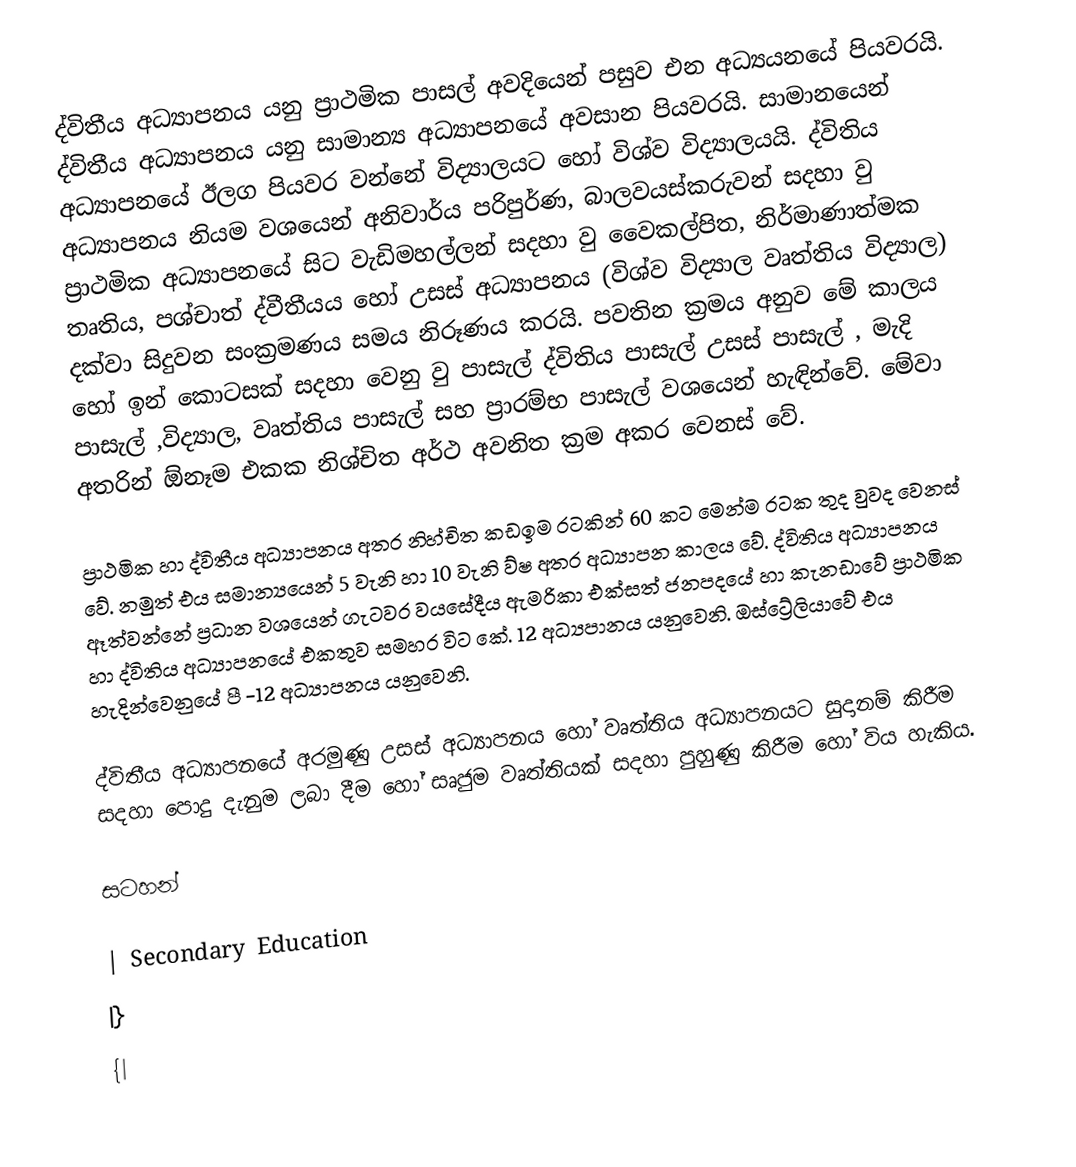
ද්විතීය අධ්‍යාපනය යනු ප්‍රාථමික පාසල් අවදියෙන් පසුව එන අධ්‍යයනයේ පියවරයි. ද්විතීය අධ්‍යාපනය යනු සාමාන්‍ය අධ්‍යාපනයේ අවසාන පියවරයි. සාමානයෙන් අධ්‍යාපනයේ ඊලග පියවර වන්නේ විද්‍යාලයට හෝ විශ්ව විද්‍යාලයයි. ද්විතිය අධ්‍යාපනය නියම වශයෙන් අනිවාර්ය පරිපුර්ණ, බාලවයස්කරුවන් සදහා වු ප්‍රාථමික අධ්‍යාපනයේ සිට වැඩිමහල්ලන් සදහා වු වෛකල්පිත, නිර්මාණාත්මක තෘතිය, පශ්චාත් ද්වීතීයය හෝ උසස් අධ්‍යාපනය (විශ්ව විද්‍යාල වෘත්තිය විද්‍යාල) දක්වා සිදුවන සංක්‍රමණය සමය නිරූණය කරයි. පවතින ක්‍රමය අනුව මේ කාලය හෝ ඉන් කොටසක් සදහා වෙනු වු පාසැල් ද්විතිය පාසැල් උසස් පාසැල් , මැදි පාසැල් ,විද්‍යාල, වෘත්තිය පාසැල් සහ ප්‍රාරම්භ පාසැල් වශයෙන් හැඳින්වේ. මේවා අතරින් ඕනෑම එකක නිශ්චිත අර්ථ අවනිත ක්‍රම අකර වෙනස් වේ.

ප්‍රාථමික හා ද්විතීය අධ්‍යාපනය අතර නිහ්චිත කඩඉම රටකින් 60 කට මෙන්ම රටක තුද වුවද වෙනස් වේ. නමුත් එය සමාන්‍යයෙන් 5 වැනි හා 10 වැනි ව්ෂ අතර අධ්‍යාපන කාලය වේ. ද්විතිය අධ්‍යාපනය ඈත්වන්නේ ප්‍රධාන වශයෙන් ගැටවර වයසේදීය ඇමරිකා එක්සත් ජනපදයේ හා කැනඩාවේ ප්‍රාථමික හා ද්විතිය අධ්‍යාපනයේ එකතුව සමහර විට කේ. 12 අධ්‍යපානය යනුවෙනි. ඔස්ට්‍රේලියාවේ එය හැදින්වෙනුයේ පී -12 අධ්‍යාපනය යනුවෙනි.

ද්විතීය අධ්‍යාපනයේ අරමුණු උසස් අධ්‍යාපනය හෝ වෘත්තිය අධ්‍යාපනයට සුදානම් කිරීම සදහා පොදු දැනුම ලබා දීම හෝ සෘජුම වෘත්තියක් සදහා පුහුණු කිරීම හෝ විය හැකිය.

සටහන්

| Secondary Education
|}
{|